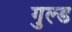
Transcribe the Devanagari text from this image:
गुल्ड